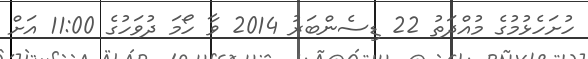
ހުށަހެޅުމުގެ މުއްދަތު 22 ޑިސެންބަރު 2014 ވާ ހޯމަ ދުވަހުގެ 11:00 އަށް